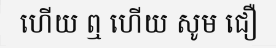
ហើយ ឮ ហើយ សូម ជឿ